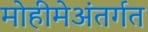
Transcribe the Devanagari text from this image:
मोहीमेअंतर्गत